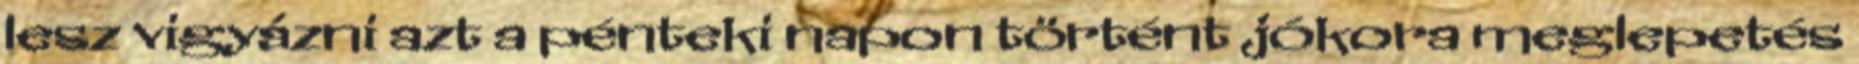
lesz vigyázni azt a pénteki napon történt jókora meglepetés